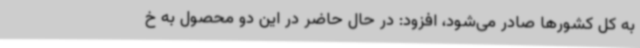
به کل کشورها صادر می‌شود، افزود: در حال حاضر در این دو محصول به خ